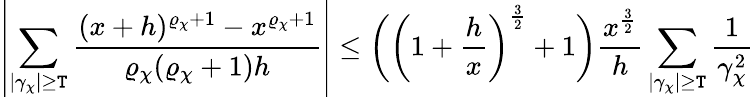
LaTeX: \left|\sum_{|\gamma_{\chi}|\geq\mathtt{T}}\frac{{(x+h)^{\varrho_{\chi}+1}-x^{\varrho_{\chi}+1}}}{{\varrho_{\chi}(\varrho_{\chi}+1)h}}\right|\leq\bigg(\left(1+\frac{{h}}{{x}}\right)^{\frac{{3}}{{2}}}+1\bigg)\frac{{x^{\frac{{3}}{{2}}}}}{{h}}\sum_{|\gamma_{\chi}|\geq\mathtt{T}}\frac{{1}}{{\gamma_{\chi}^{2}}}